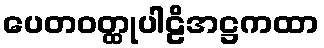
ပေတဝတ္ထုပါဠိအဋ္ဌကထာ